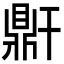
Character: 𪔆